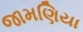
જામણિયા